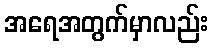
အရေအတွက်မှာလည်း